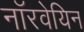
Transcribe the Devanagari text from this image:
नाॅरवेयिन